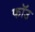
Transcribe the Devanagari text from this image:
फॉउ